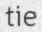
tie